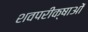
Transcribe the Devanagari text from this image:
शवपरीक्षाओं